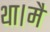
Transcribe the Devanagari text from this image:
था।मैं